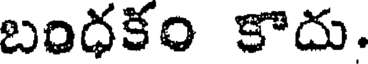
బంధకం కాదు.